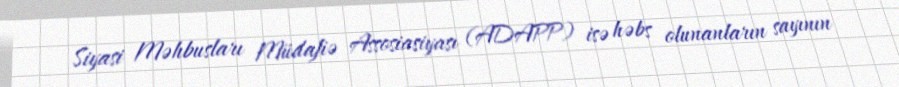
Siyasi Məhbusları Müdafiə Assosiasiyası (ADAPP) isə həbs olunanların sayının